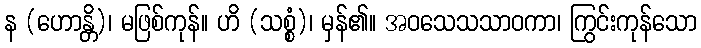
န (ဟောန္တိ)၊ မဖြစ်ကုန်။ ဟိ (သစ္စံ)၊ မှန်၏။ အဝသေသသာဝကာ၊ ကြွင်းကုန်သော